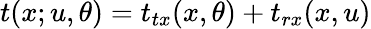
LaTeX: t(x;u,\theta)=t_{tx}(x,\theta)+t_{rx}(x,u)